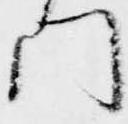
門